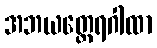
အဘယတ္ထေရဂါထာ